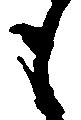
も